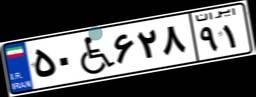
۵۰W۶۲۸۹۱